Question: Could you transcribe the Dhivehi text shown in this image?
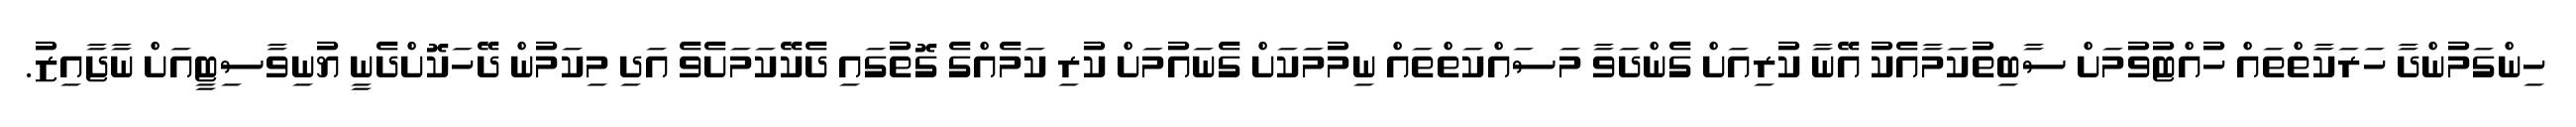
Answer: ހިންގަމުންދާ ހަރަކާތްތައް ހުއްޓުވުމަށް ސާބިތުކަމާއެކު އޭނާ ކުރިއަށް ގެންދަވާ މަސައްކަތްތައް ނިމުމަކަށް ގެނައުމަށް ކުރި ކަމެއްގެ ގޮތުގައި ދެކޭކަމަށެވެ އަދި މިކަމުން ދޭހަކޮށްދެނީ ޔުނިވާސިޓީއަށް ނާޖާއިޒު.